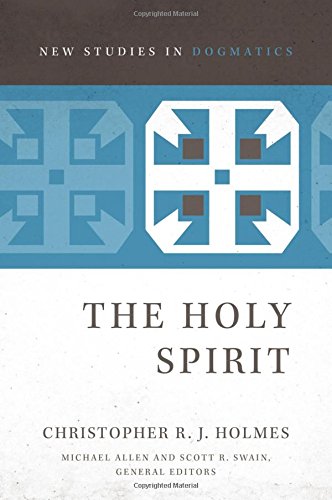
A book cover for The Holy Spirit (New Studies in Dogmatics); Christopher R. J. Holmes; Christian Books & Bibles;